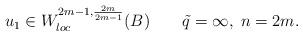
LaTeX: \begin{align*} u_1\in W^{2m-1,\frac{2m}{2m-1}}_{loc}(B) \qquad\tilde q=\infty,\; n=2m. \end{align*}